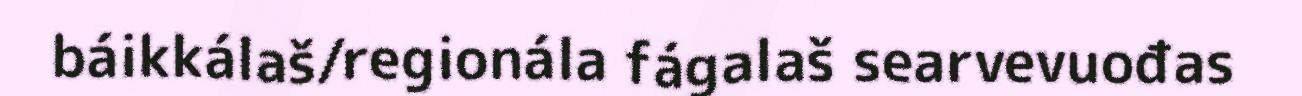
báikkálaš/regionála fágalaš searvevuođas